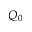
Q _ { 0 }